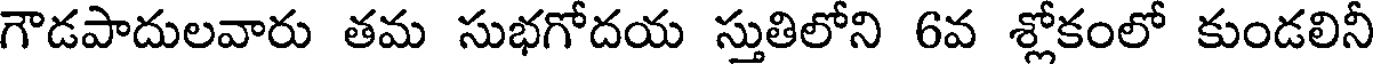
గౌడపాదులవారు తమ సుభగోదయ స్తుతిలోని 6వ శ్లోకంలో కుండలినీ